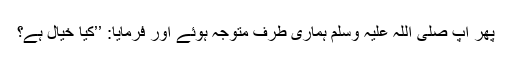
پھر آپ صلی اللہ علیہ وسلم ہماری طرف متوجہ ہوئے اور فرمایا: ’’کیا خیال ہے؟